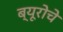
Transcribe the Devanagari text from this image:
ब्यूरोचे